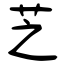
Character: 芝